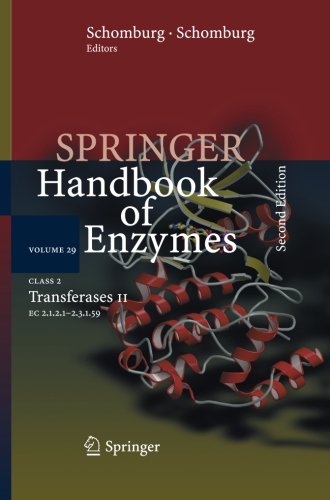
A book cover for Class 2 Transferases II: EC 2.1.2.1 - 2.3.1.59 (Springer Handbook of Enzymes); Medical Books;